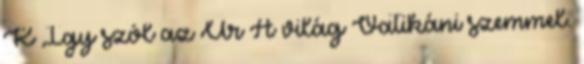
K Így szól az Úr A világ Vatikáni szemmel.